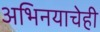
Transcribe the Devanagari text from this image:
अभिनयाचेही